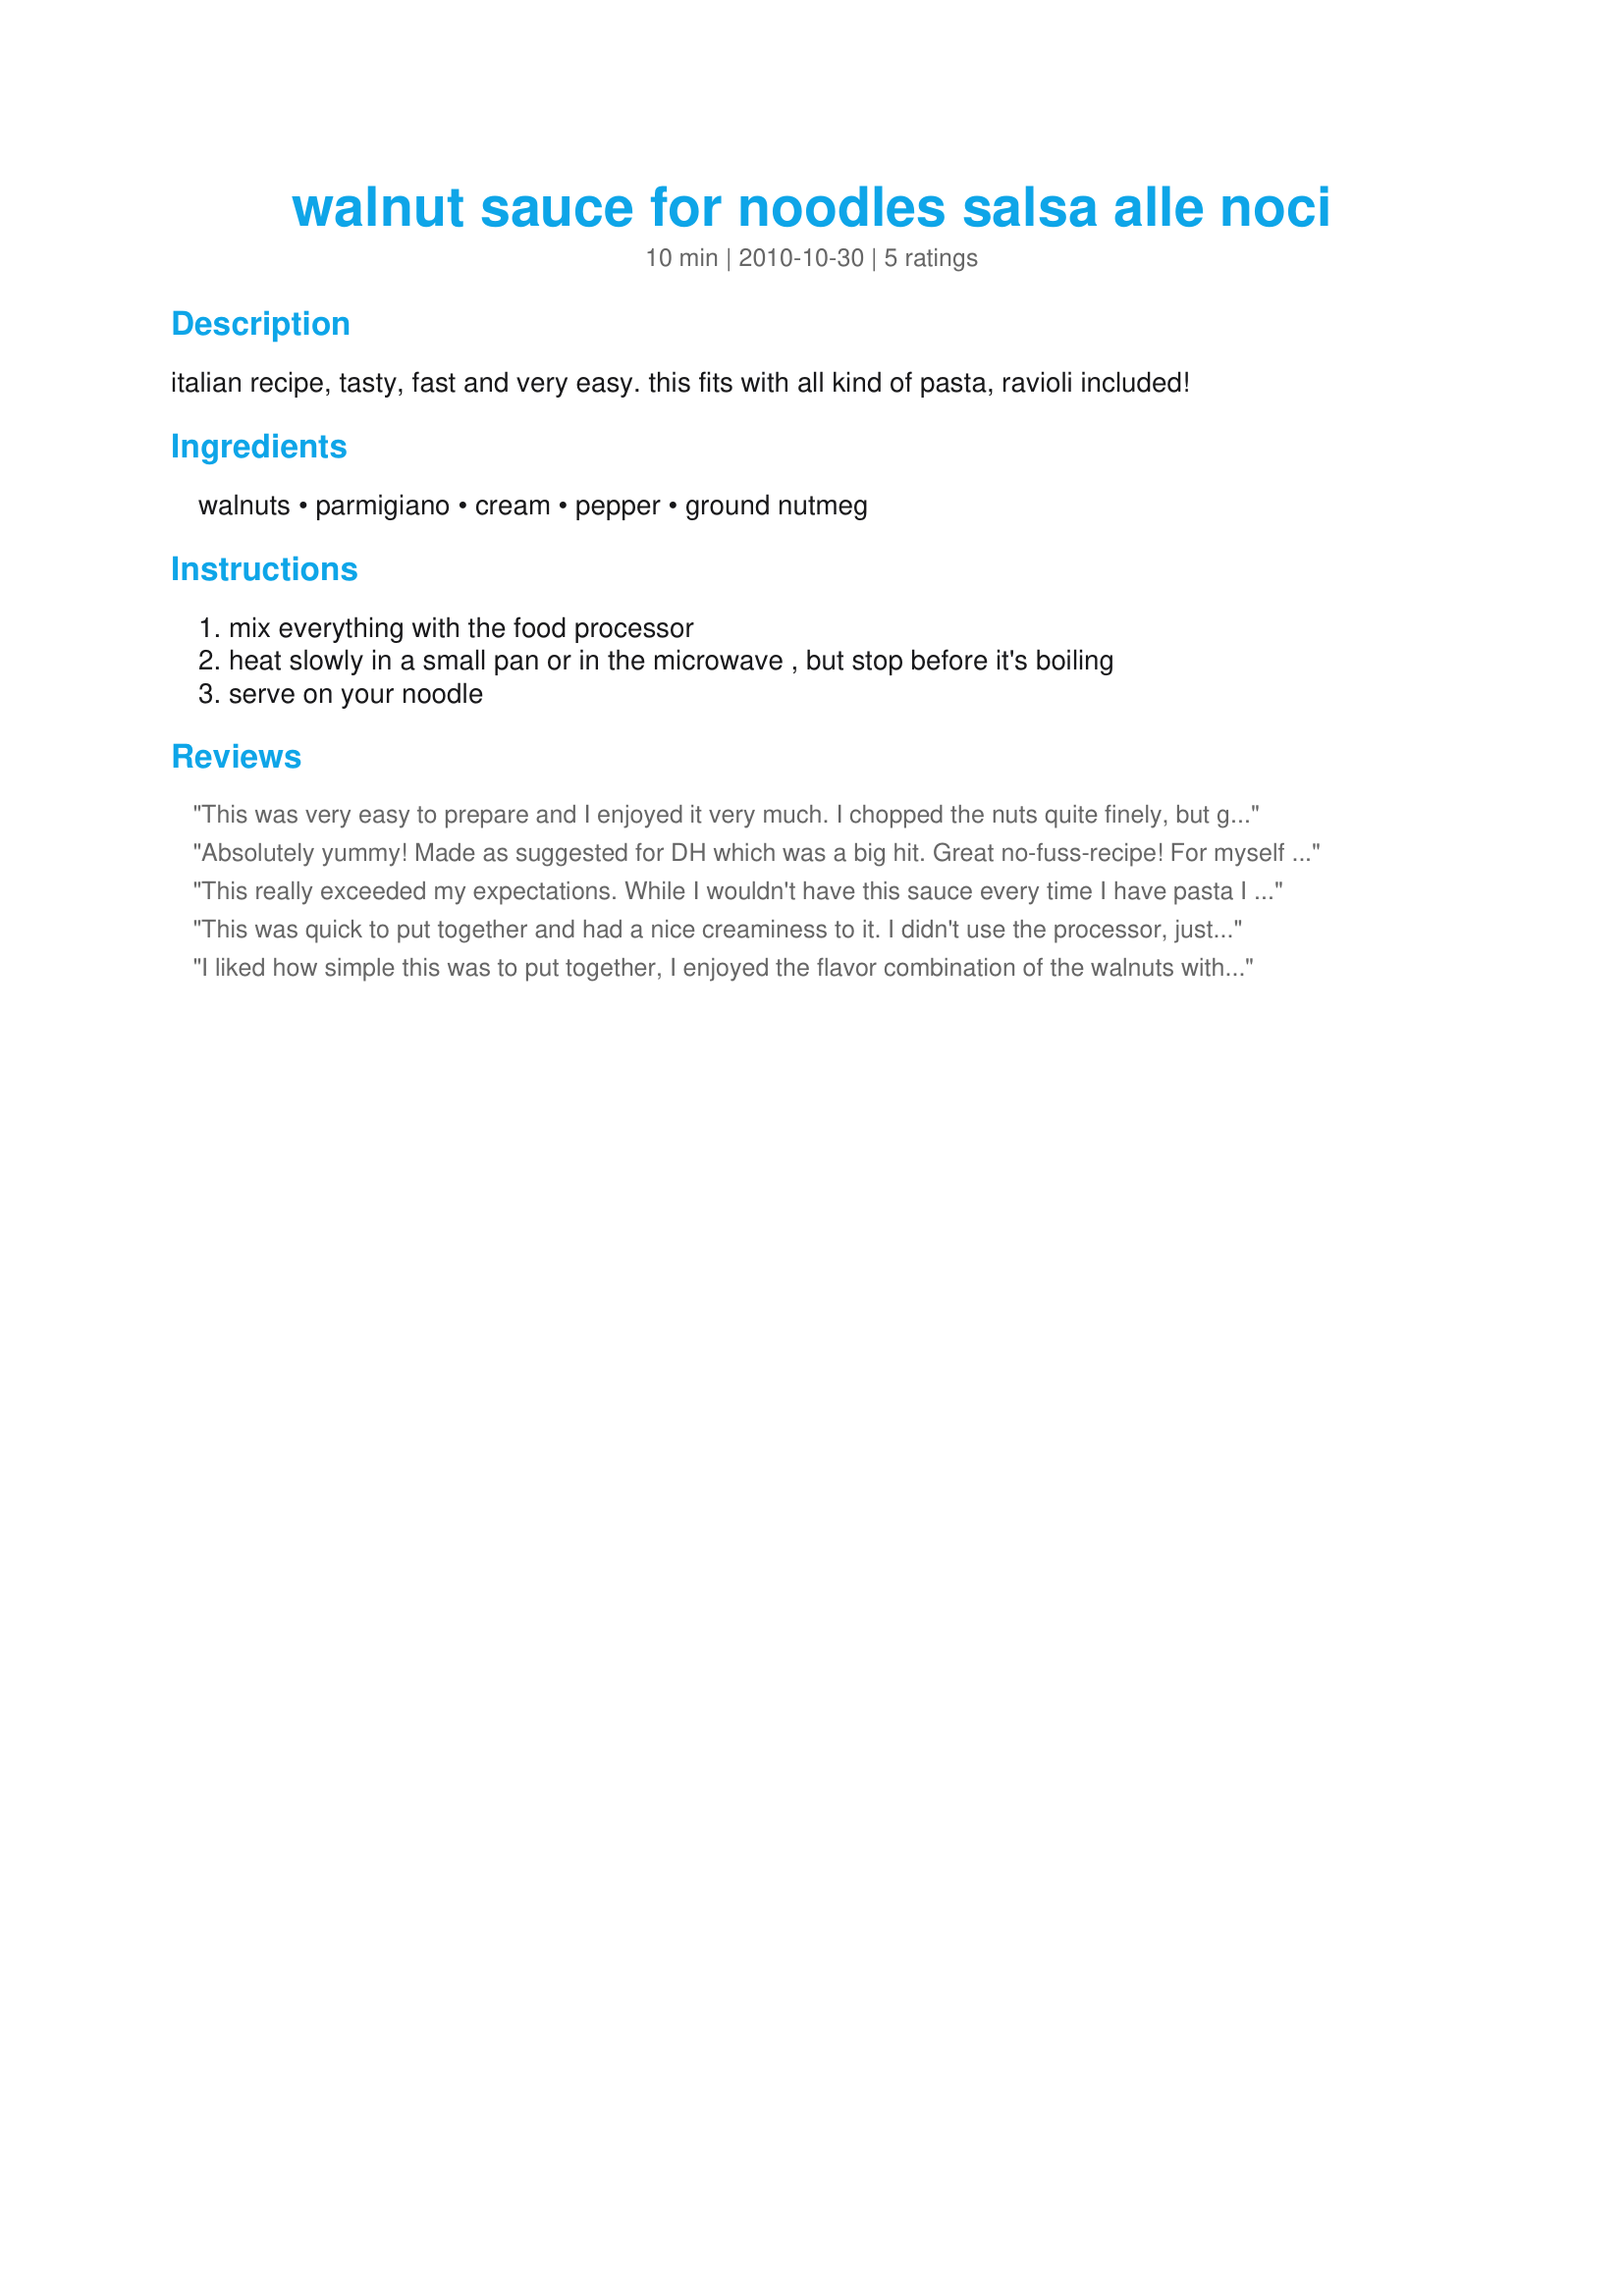
walnut sauce for noodles salsa alle noci
Preparation time: 10 minutes

italian recipe, tasty, fast and very easy.
this fits with all kind of pasta, ravioli included!

Ingredients:
walnuts, parmigiano, cream, pepper, ground nutmeg

Steps:
mix everything with the food processor, heat slowly in a small pan or in the microwave , but stop before it's boiling, serve on your noodle

Reviews:
This was very easy to prepare and I enjoyed it very much. I chopped the nuts quite finely, but given the richness of the sauce, I would have done better to grind them more finely, which I would do another time. I served this with cheese tortellini, a delicious supper and very filling, a little goes a long way! Thank you awalde! made for PRMR tag game
Absolutely yummy! Made as suggested for DH which was a big hit. Great no-fuss-recipe! For myself I used cashew cream and nutritional yeast to make it dairy free and had it with gluten free pasta - very creamy and yummy, too!<br/>Thanks for posting!<br/>Made for National Diabetes Month.
This really exceeded my expectations. While I wouldn't have this sauce every time I have pasta I have to say that it's a wonderful change of pace and it would be a great way to treat your dinner guests to something a bit different. This sauce is savory but has an elusive hint of sweetness. I didn't use the processor and the nut crunch added a lot to the enjoyment.
This was quick to put together and had a nice creaminess to it. I didn't use the processor, just a nut chopper and ground the walnut really small; nice time I may use the processor as it was a little too crunchy for me. Served with mushroom and thyme ravioli it was a great combo. Made for AUS/NZ Recipe Swap #49.
I liked how simple this was to put together, I enjoyed the flavor combination of the walnuts with the parm. I did find it to be very rich and think it would make a nice side dish rather than having it as the main entree. Thanks for sharing awalde! Made for ZWT 7 by a Food.commando
